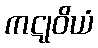
ကဋုဝိယံ